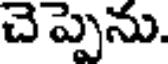
చెప్పెను.